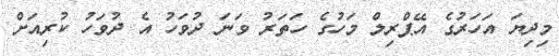
މިދިޔަ އަހަރުގެ އޭޕްރިލް މަހުގެ ހަތަރު ވަނަ ދުވަހު އެ ދުވަހު ކުރިއަށް